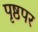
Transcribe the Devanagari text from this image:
पृष्ठपर